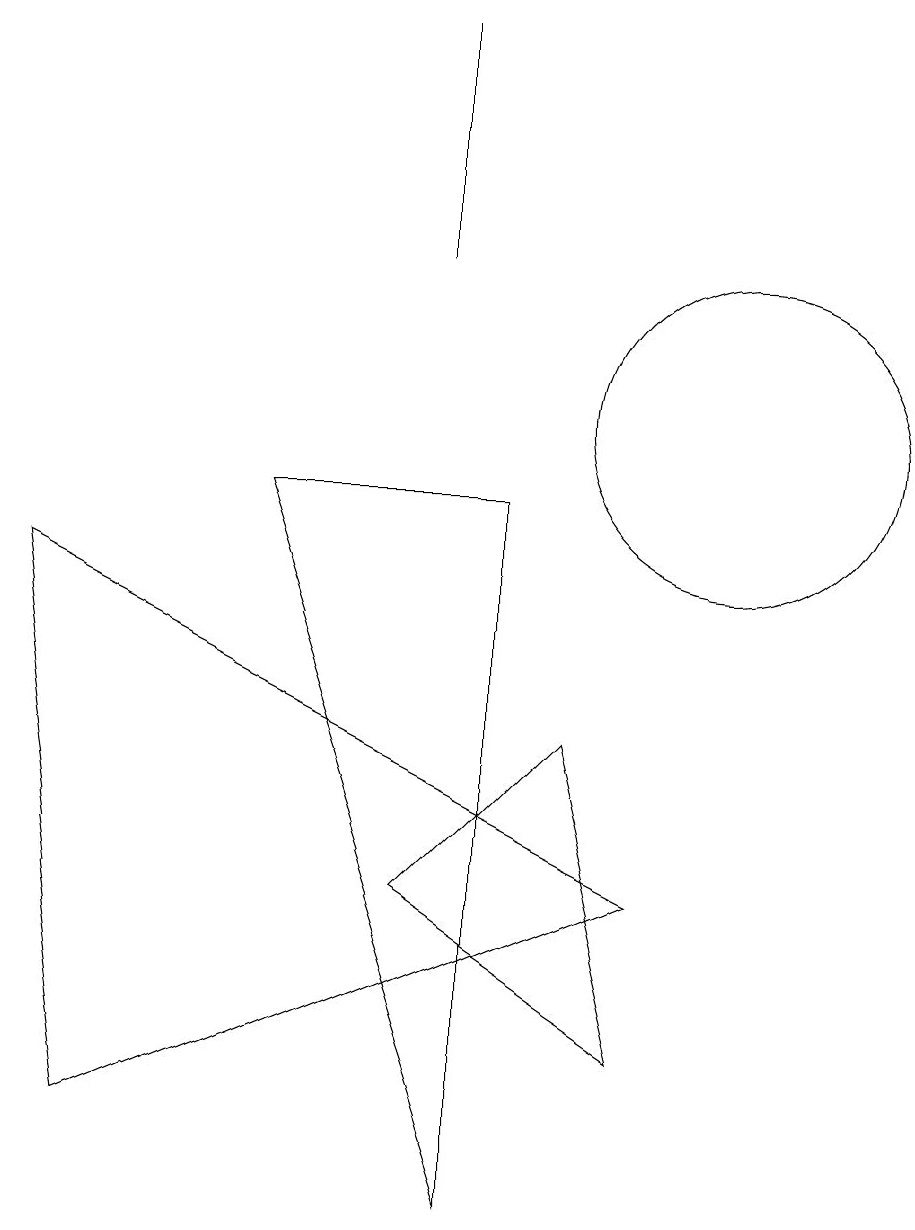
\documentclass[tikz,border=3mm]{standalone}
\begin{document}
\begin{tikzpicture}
\draw (2,1) -- (9,4) -- (1,8) -- cycle;
\draw (7,9) -- (7,0) -- (4,9) -- cycle;
\draw (6,12) rectangle (6,15);
\draw (9,2) -- (6,4) -- (8,6) -- cycle;
\draw (10,10) circle (2);
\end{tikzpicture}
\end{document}